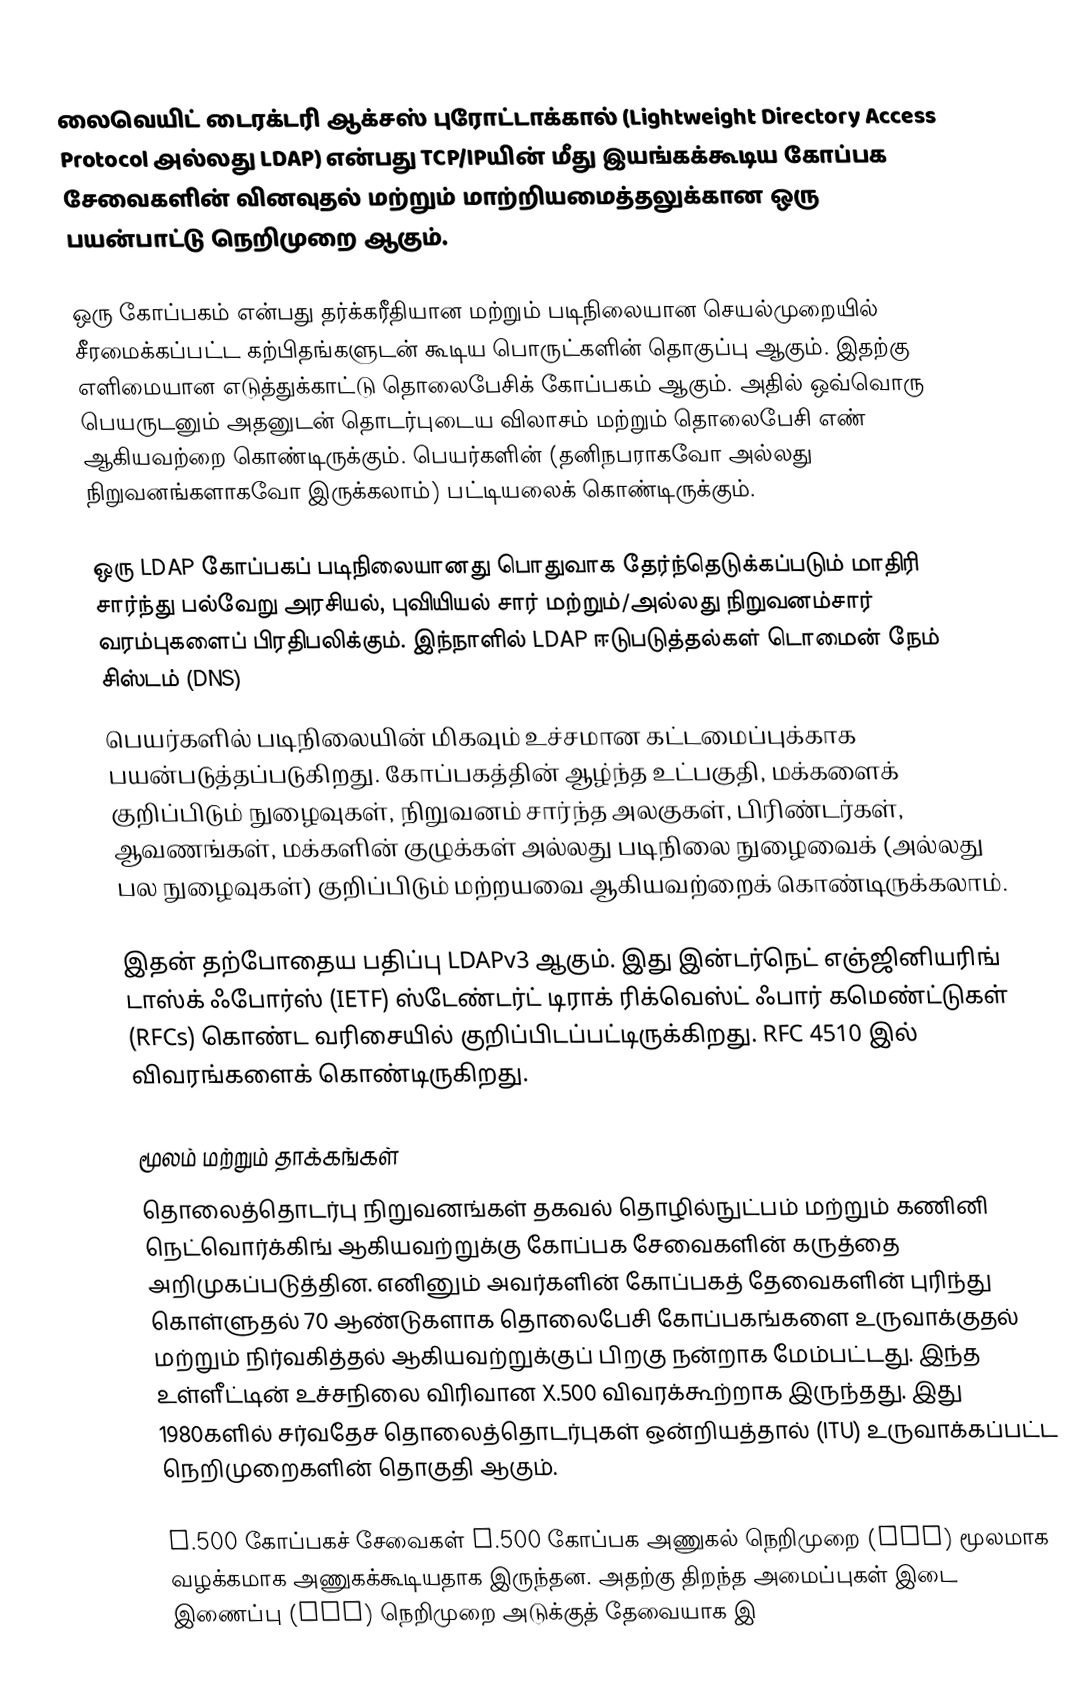
லைவெயிட் டைரக்டரி ஆக்சஸ் புரோட்டாக்கால் (Lightweight Directory Access Protocol அல்லது LDAP) என்பது TCP/IPயின் மீது இயங்கக்கூடிய கோப்பக சேவைகளின் வினவுதல் மற்றும் மாற்றியமைத்தலுக்கான ஒரு பயன்பாட்டு நெறிமுறை ஆகும்.

ஒரு கோப்பகம் என்பது தர்க்கரீதியான மற்றும் படிநிலையான செயல்முறையில் சீரமைக்கப்பட்ட கற்பிதங்களுடன் கூடிய பொருட்களின் தொகுப்பு ஆகும். இதற்கு எளிமையான எடுத்துக்காட்டு தொலைபேசிக் கோப்பகம் ஆகும். அதில் ஒவ்வொரு பெயருடனும் அதனுடன் தொடர்புடைய விலாசம் மற்றும் தொலைபேசி எண் ஆகியவற்றை கொண்டிருக்கும். பெயர்களின் (தனிநபராகவோ அல்லது நிறுவனங்களாகவோ இருக்கலாம்) பட்டியலைக் கொண்டிருக்கும்.

ஒரு LDAP கோப்பகப் படிநிலையானது பொதுவாக தேர்ந்தெடுக்கப்படும் மாதிரி சார்ந்து பல்வேறு அரசியல், புவியியல் சார் மற்றும்/அல்லது நிறுவனம்சார் வரம்புகளைப் பிரதிபலிக்கும். இந்நாளில் LDAP ஈடுபடுத்தல்கள் டொமைன் நேம் சிஸ்டம் (DNS)
பெயர்களில் படிநிலையின் மிகவும் உச்சமான கட்டமைப்புக்காக பயன்படுத்தப்படுகிறது. கோப்பகத்தின் ஆழ்ந்த உட்பகுதி, மக்களைக் குறிப்பிடும் நுழைவுகள், நிறுவனம் சார்ந்த அலகுகள், பிரிண்டர்கள், ஆவணங்கள், மக்களின் குழுக்கள் அல்லது படிநிலை நுழைவைக் (அல்லது பல நுழைவுகள்) குறிப்பிடும் மற்றயவை ஆகியவற்றைக் கொண்டிருக்கலாம்.

இதன் தற்போதைய பதிப்பு LDAPv3 ஆகும். இது இன்டர்நெட் எஞ்ஜினியரிங் டாஸ்க் ஃபோர்ஸ் (IETF) ஸ்டேண்டர்ட் டிராக் ரிக்வெஸ்ட் ஃபார் கமெண்ட்டுகள் (RFCs) கொண்ட வரிசையில் குறிப்பிடப்பட்டிருக்கிறது. RFC 4510 இல் விவரங்களைக் கொண்டிருகிறது.

மூலம் மற்றும் தாக்கங்கள்
தொலைத்தொடர்பு நிறுவனங்கள் தகவல் தொழில்நுட்பம் மற்றும் கணினி நெட்வொர்க்கிங் ஆகியவற்றுக்கு கோப்பக சேவைகளின் கருத்தை அறிமுகப்படுத்தின. எனினும் அவர்களின் கோப்பகத் தேவைகளின் புரிந்து கொள்ளுதல் 70 ஆண்டுகளாக தொலைபேசி கோப்பகங்களை உருவாக்குதல் மற்றும் நிர்வகித்தல் ஆகியவற்றுக்குப் பிறகு நன்றாக மேம்பட்டது. இந்த உள்ளீட்டின் உச்சநிலை விரிவான X.500 விவரக்கூற்றாக இருந்தது. இது 1980களில் சர்வதேச தொலைத்தொடர்புகள் ஒன்றியத்தால் (ITU) உருவாக்கப்பட்ட நெறிமுறைகளின் தொகுதி ஆகும்.

X.500 கோப்பகச் சேவைகள் X.500 கோப்பக அணுகல் நெறிமுறை (DAP) மூலமாக வழக்கமாக அணுகக்கூடியதாக இருந்தன. அதற்கு திறந்த அமைப்புகள் இடை இணைப்பு (OSI) நெறிமுறை அடுக்குத் தேவையாக இ